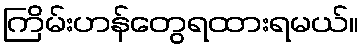
ကြိမ်းဟန်တွေရထားရမယ်။